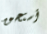
أستحق